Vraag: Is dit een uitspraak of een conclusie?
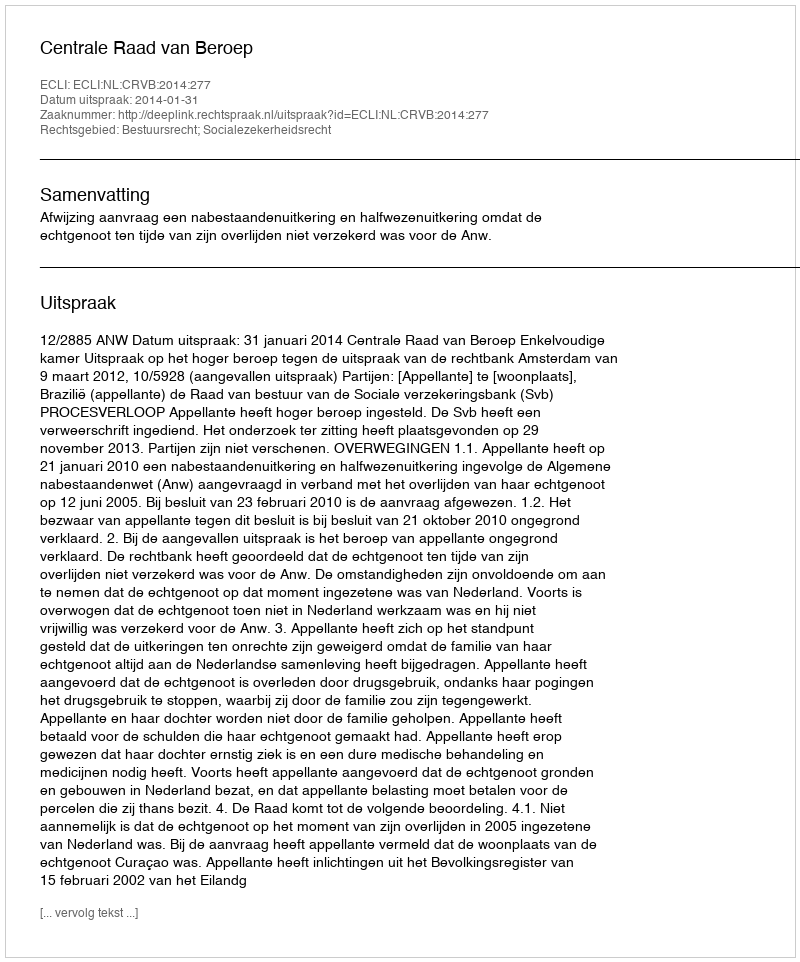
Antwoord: Uitspraak